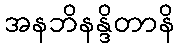
အနဘိနန္ဒိတာနိ